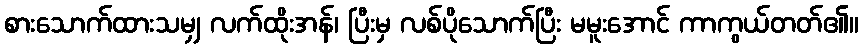
စားသောက်ထားသမျှ လက်ထိုးအန်၊ ပြီးမှ လစ်ပိုသောက်ပြီး မမူးအောင် ကာကွယ်တတ်၏။